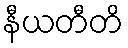
နီယတီတိ